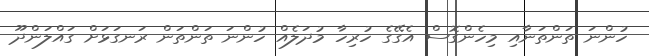
ހުންނަ ތަންތަނާއި މިހެންގޮސް އެގޭގެ ހުރިހާ މުދަލެއް ހުންނަ ތަންތަން ރަނގަޅަށް ގައްލަންދޫ